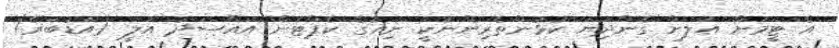
އެ ޓީމަށް އަލަށް ގެންދިޔަ ކުޅުންތެރިންނަކީ ނިއުގެ ކެޕްޓަން އައްސަދު އަލީ (އަޑުބަރޭ)